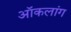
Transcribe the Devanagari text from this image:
ऑकलांग